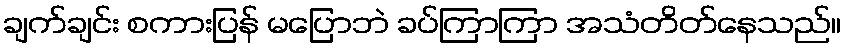
ချက်ချင်း စကားပြန် မပြောဘဲ ခပ်ကြာကြာ အသံတိတ်နေသည်။